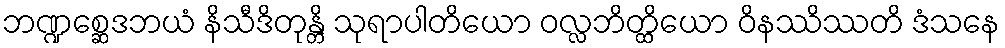
ဘဏ္ဍစ္ဆေဒဘယံ နိသီဒိတုန္တိ သုရာပါတိယော ဝလ္လဘိတ္ထိယော ဝိနဿိဿတိ ဒံသနေ